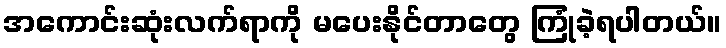
အကောင်းဆုံးလက်ရာကို မပေးနိုင်တာတွေ ကြုံခဲ့ရပါတယ်။